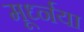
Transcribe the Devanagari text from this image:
मूर्ध्नया